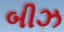
બીઝ